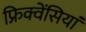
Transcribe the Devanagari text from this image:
फ्रिक्वेंसियां